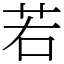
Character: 若